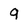
Character: q